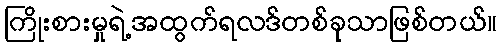
ကြိုးစားမှုရဲ့အထွက်ရလဒ်တစ်ခုသာဖြစ်တယ်။